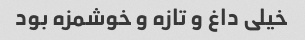
خیلی داغ و تازه و خوشمزه بود